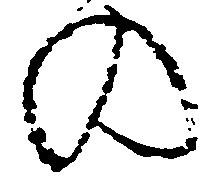
の